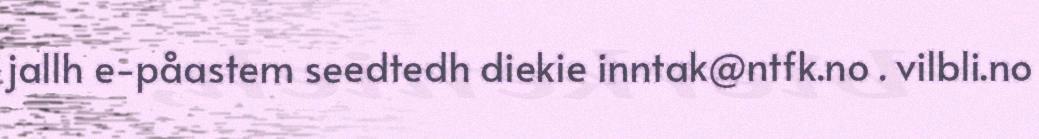
jallh e-påastem seedtedh diekie inntak@ntfk.no . vilbli.no